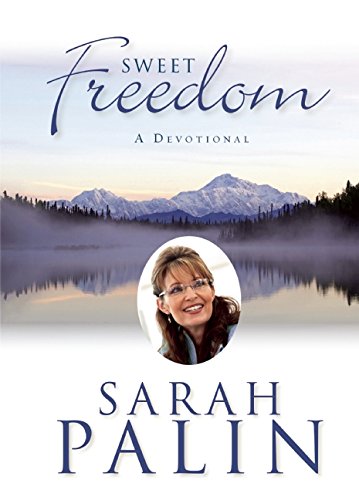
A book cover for Sweet Freedom: A Devotional; Sarah Palin; Religion & Spirituality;